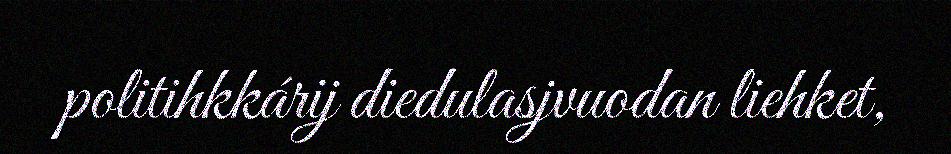
politihkkárij diedulasjvuodan liehket,